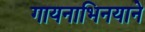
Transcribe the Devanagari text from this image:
गायनाभिनयाने